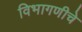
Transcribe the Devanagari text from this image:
विभागणीचे